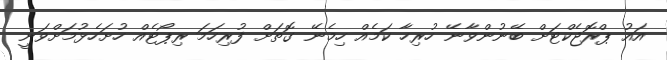
އައު ޕްރޮޖެކްޓަށް ބޭނުންވާނޭ ހުރިހާ ކަމެއް ހިމެނޭ ގޮތަށް ފުރިހަމަ ރިޕޯޓެއް ހުށަހެޅުމަށްވަނީ